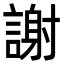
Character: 謝